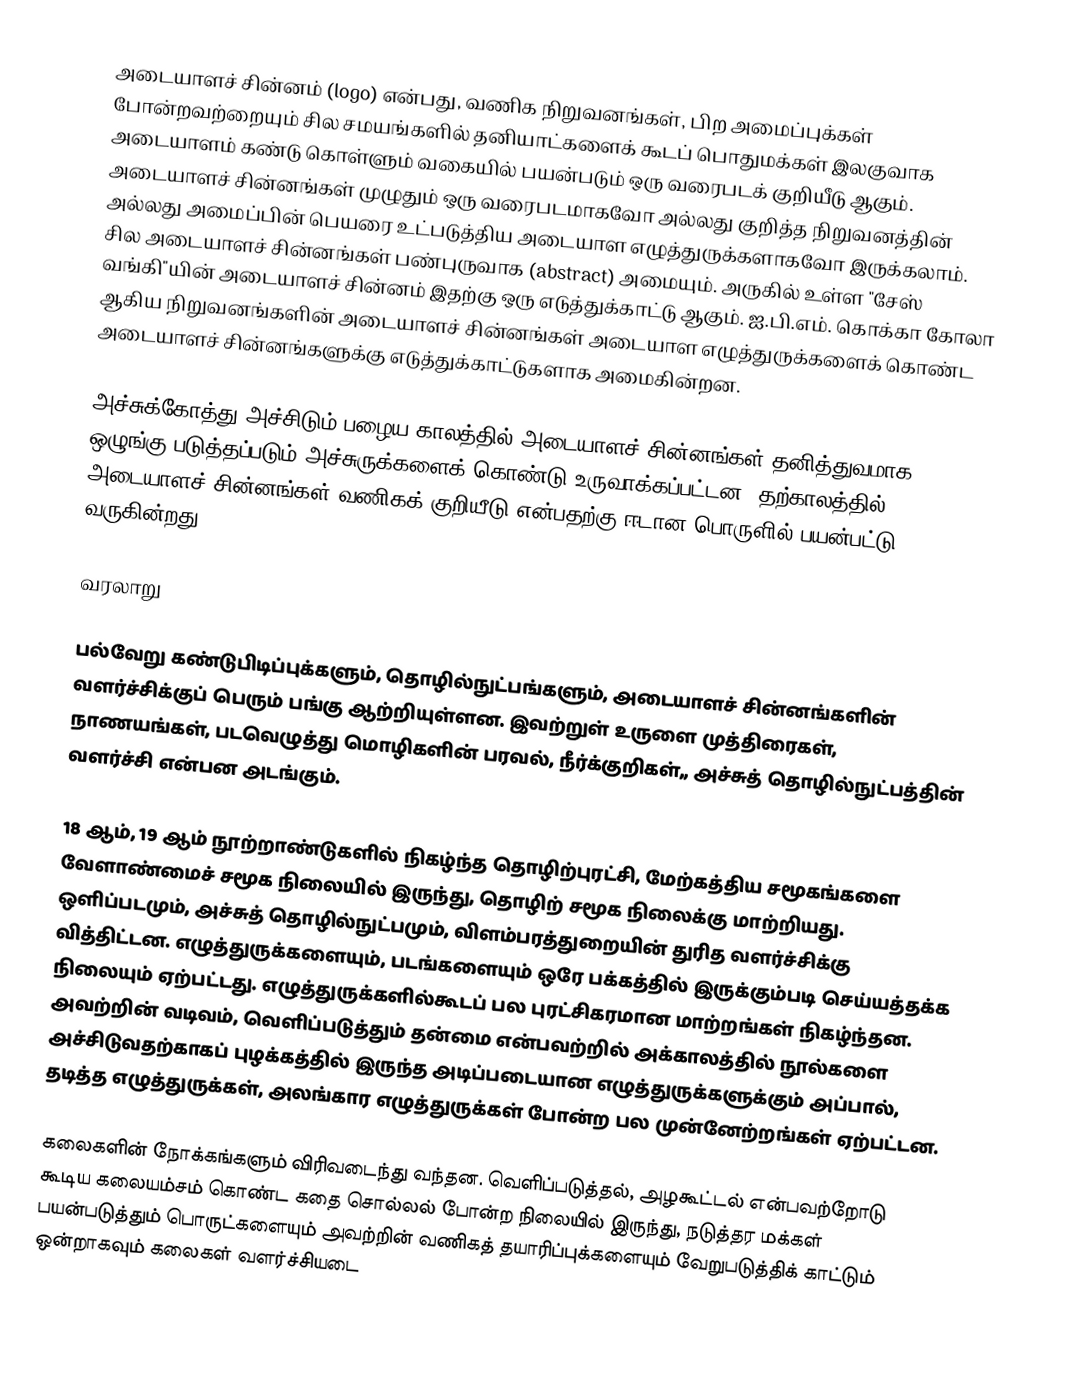
அடையாளச் சின்னம் (logo) என்பது, வணிக நிறுவனங்கள், பிற அமைப்புக்கள் போன்றவற்றையும் சில சமயங்களில் தனியாட்களைக் கூடப் பொதுமக்கள் இலகுவாக அடையாளம் கண்டு கொள்ளும் வகையில் பயன்படும் ஒரு வரைபடக் குறியீடு ஆகும். அடையாளச் சின்னங்கள் முழுதும் ஒரு வரைபடமாகவோ அல்லது குறித்த நிறுவனத்தின் அல்லது அமைப்பின் பெயரை உட்படுத்திய அடையாள எழுத்துருக்களாகவோ இருக்கலாம். சில அடையாளச் சின்னங்கள் பண்புருவாக (abstract) அமையும். அருகில் உள்ள "சேஸ் வங்கி"யின் அடையாளச் சின்னம் இதற்கு ஒரு எடுத்துக்காட்டு ஆகும். ஐ.பி.எம். கொக்கா கோலா ஆகிய நிறுவனங்களின் அடையாளச் சின்னங்கள் அடையாள எழுத்துருக்களைக் கொண்ட அடையாளச் சின்னங்களுக்கு எடுத்துக்காட்டுகளாக அமைகின்றன.

அச்சுக்கோத்து அச்சிடும் பழைய காலத்தில் அடையாளச் சின்னங்கள் தனித்துவமாக ஒழுங்கு படுத்தப்படும் அச்சுருக்களைக் கொண்டு உருவாக்கப்பட்டன. தற்காலத்தில், அடையாளச் சின்னங்கள் வணிகக் குறியீடு என்பதற்கு ஈடான பொருளில் பயன்பட்டு வருகின்றது.

வரலாறு

பல்வேறு கண்டுபிடிப்புக்களும், தொழில்நுட்பங்களும், அடையாளச் சின்னங்களின் வளர்ச்சிக்குப் பெரும் பங்கு ஆற்றியுள்ளன. இவற்றுள் உருளை முத்திரைகள், நாணயங்கள், படவெழுத்து மொழிகளின் பரவல், நீர்க்குறிகள்,, அச்சுத் தொழில்நுட்பத்தின் வளர்ச்சி என்பன அடங்கும்.

18 ஆம், 19 ஆம் நூற்றாண்டுகளில் நிகழ்ந்த தொழிற்புரட்சி, மேற்கத்திய சமூகங்களை வேளாண்மைச் சமூக நிலையில் இருந்து, தொழிற் சமூக நிலைக்கு மாற்றியது. ஒளிப்படமும், அச்சுத் தொழில்நுட்பமும், விளம்பரத்துறையின் துரித வளர்ச்சிக்கு வித்திட்டன. எழுத்துருக்களையும், படங்களையும் ஒரே பக்கத்தில் இருக்கும்படி செய்யத்தக்க நிலையும் ஏற்பட்டது. எழுத்துருக்களில்கூடப் பல புரட்சிகரமான மாற்றங்கள் நிகழ்ந்தன. அவற்றின் வடிவம், வெளிப்படுத்தும் தன்மை என்பவற்றில் அக்காலத்தில் நூல்களை அச்சிடுவதற்காகப் புழக்கத்தில் இருந்த அடிப்படையான எழுத்துருக்களுக்கும் அப்பால், தடித்த எழுத்துருக்கள், அலங்கார எழுத்துருக்கள் போன்ற பல முன்னேற்றங்கள் ஏற்பட்டன.

கலைகளின் நோக்கங்களும் விரிவடைந்து வந்தன. வெளிப்படுத்தல், அழகூட்டல் என்பவற்றோடு கூடிய கலையம்சம் கொண்ட கதை சொல்லல் போன்ற நிலையில் இருந்து, நடுத்தர மக்கள் பயன்படுத்தும் பொருட்களையும் அவற்றின் வணிகத் தயாரிப்புக்களையும் வேறுபடுத்திக் காட்டும் ஒன்றாகவும் கலைகள் வளர்ச்சியடை